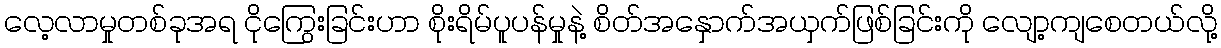
လေ့လာမှုတစ်ခုအရ ငိုကြွေးခြင်းဟာ စိုးရိမ်ပူပန်မှုနဲ့ စိတ်အနှောက်အယှက်ဖြစ်ခြင်းကို လျော့ကျစေတယ်လို့